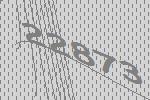
22873